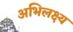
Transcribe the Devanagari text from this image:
अभिलक्ष्य